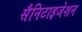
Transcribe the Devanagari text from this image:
सैनिटाइजेशन